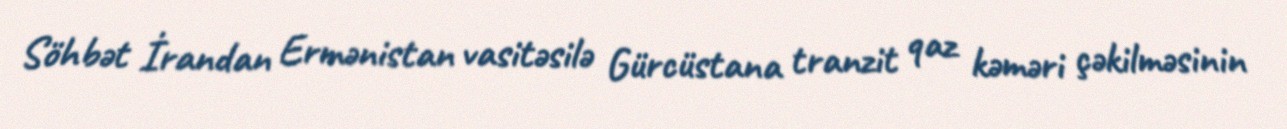
Söhbət İrandan Ermənistan vasitəsilə Gürcüstana tranzit qaz kəməri çəkilməsinin